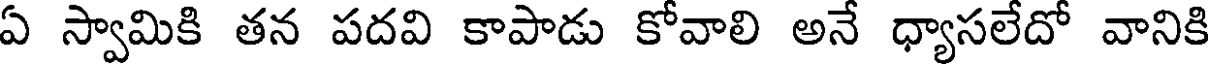
ఏ స్వామికి తన పదవి కాపాడు కోవాలి అనే ధ్యాసలేదో వానికి